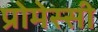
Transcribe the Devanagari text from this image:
प्रोमेस्सी